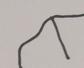
Signature authenticity: forged